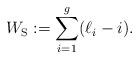
LaTeX: \begin{align*}W_{\rm S}:= \sum_{i=1}^{g} (\ell_i-i).\end{align*}